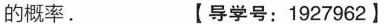
的概率。 【导学号：1927962】